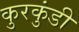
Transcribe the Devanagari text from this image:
कुरकुंडी